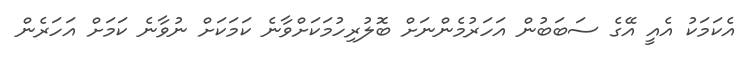
އެކަމަކު އެއީ އޭގެ ސަބަބުން އަހަރުމެންނަށް ބޮލުރިހުމަކަށްވާނެ ކަމަކަށް ނުވާނެ ކަމަށް އަހަރެން